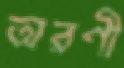
অরণী